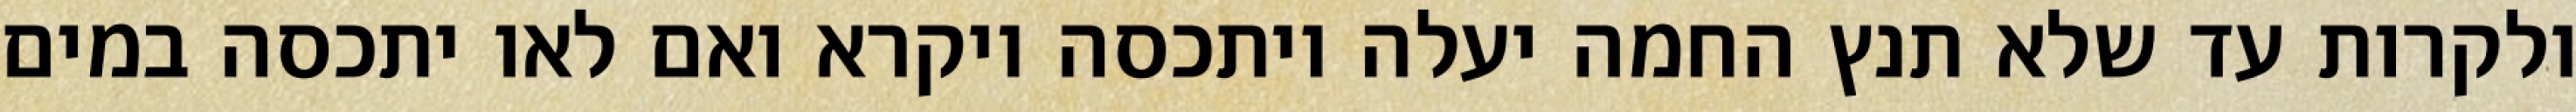
ולקרות עד שלא תנץ החמה יעלה ויתכסה ויקרא ואם לאו יתכסה במים